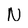
Character: N